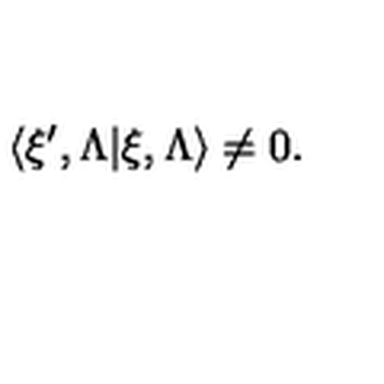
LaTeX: \langle \xi ^ { \prime } , \Lambda | \xi , \Lambda \rangle \not = 0 .